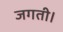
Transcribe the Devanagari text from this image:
जगती।